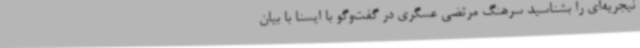
نیجریه‌ای را بشناسید سرهنگ مرتضی عسگری در گفت‌وگو با ایسنا با بیان